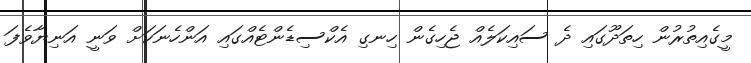
މީގެއިތުރުން ހިތަދޫގައި ދެ ސައިކަލެއް ޖެހިގެން ހިނގި އެކްސިޑެންޓެއްގައި އަންހެނަކަށް ވަނީ އަނިޔާވެފަ